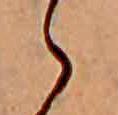
ゝ